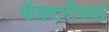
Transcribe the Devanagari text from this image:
फॅक्टरीच्या